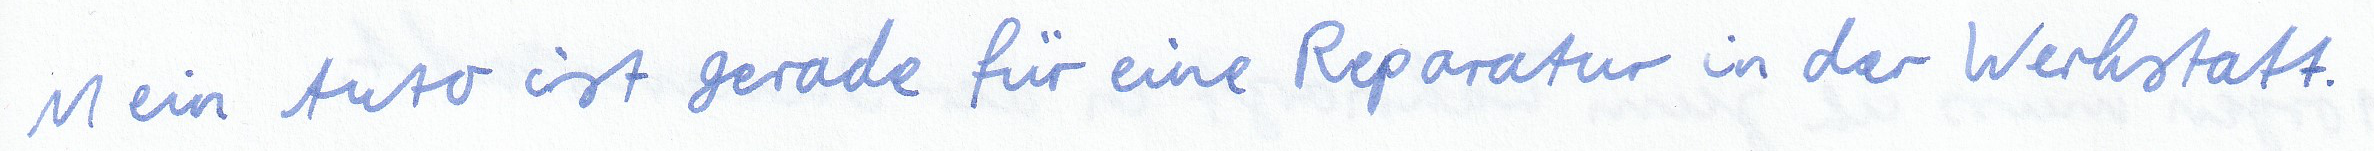
Mein Auto ist gerade für eine Reparatur in der Werkstatt.